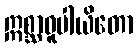
ဣစ္ဆာဓူပါယိတော